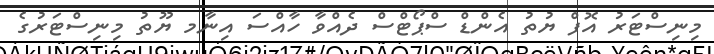
މިނިސްޓަރު އޮފް ޔުތު އެންޑް ސްޕޯޓްސް ދެއްވާ ހާއްސަ އިނާމ ޔޫތު މިނިސްޓަރުގެ